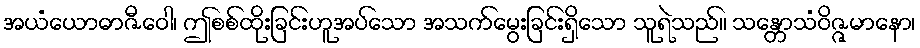
အယံယောဓာဇီဝေါ၊ ဤစစ်ထိုးခြင်းဟူအပ်သော အသက်မွေးခြင်းရှိသော သူရဲသည်။ သန္တောသံဝိဇ္ဇမာနော၊